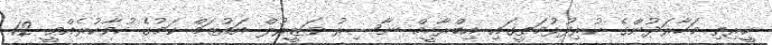
ކީރިތި މަހާރަދުންގެ ކުރިފުޅުމަތީގައި އިބްރާހީމް ނާސިރު ވަޒީރުލް އައުޒަމް ކަމުގެ ހުވާކުރެއްވީ 12